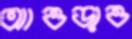
আওড়াও